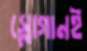
স্লোগানই